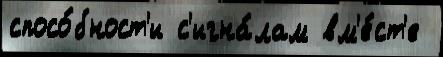
спосо́бност'и с'игна́лам вм'е́ст'е